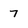
Character: 7